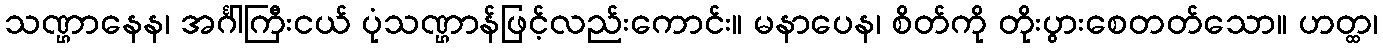
သဏ္ဌာနေန၊ အင်္ဂါကြီးငယ် ပုံသဏ္ဌာန်ဖြင့်လည်းကောင်း။ မနာပေန၊ စိတ်ကို တိုးပွားစေတတ်သော။ ဟတ္ထ၊